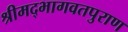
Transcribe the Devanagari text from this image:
श्रीमद्भागवतपुराण